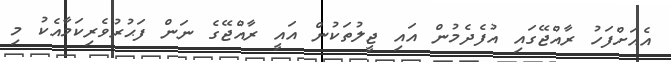
އެއަށްފަހު ރާއްޖޭގައި އުފެދެމުން އައި ޖީލުތަކުން އައީ ރާއްޖޭގެ ނަން ފަޙުރުވެރިކަމާއެކު މި